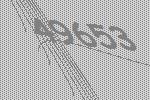
49653